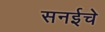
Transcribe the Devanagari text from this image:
सनईचे